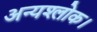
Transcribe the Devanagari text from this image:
अन्यश्लोक।